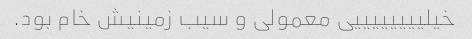
خیلییییییییی معمولی و سیب زمینیش خام بود.